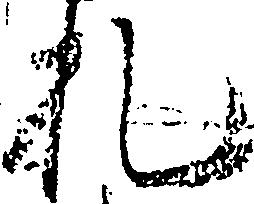
札